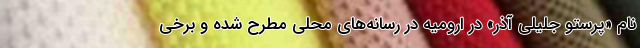
نام «پرستو جلیلی آذر» در ارومیه در رسانه‌های محلی مطرح شده و برخی